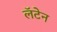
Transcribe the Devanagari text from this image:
लॅटेन